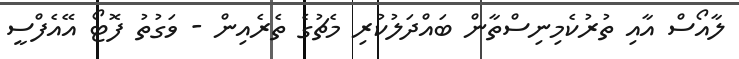
ލާއޯސް އާއި ތުރުކެމިނިސްތާން ބައްދަލުކުރި މެޗުގެ ތެރެއިން - ވަގުތު ފޮޓޯ އޭއެފްސީ